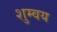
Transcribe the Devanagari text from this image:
शुम्वय